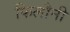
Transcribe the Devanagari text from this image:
फिलौनी